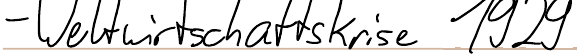
- Weltwirtschaftskrise 1929